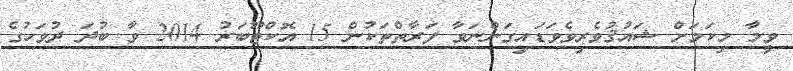
ވީމާ މިކަމަށް ޝައުޤުވެރިވެވަޑައިގަންނަވާ ފަރާތްތަކުން 15 އޮކްޓޫބަރު 2014 ވާ ބުދަ ދުވަހުގެ